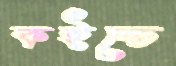
কইচ্চে